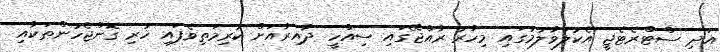
އަދި ސްޓްރެޓެޖީ އެކުލަވާލުމުގައި މިހާރު ރާއްޖޭގައި ސިއްހީ ދާއިރާއަށް ކުރިމަތިވެފައި ހުރި ގޮންޖެހުންތަކާއި